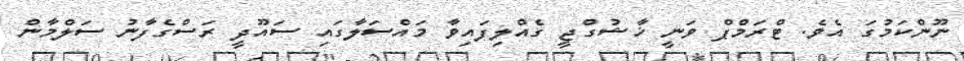
ނޫންކަމުގަ އެވެ. ޓްރަމްޕް ވަނީ ޚާޝުގްޖީ ގެއްލިފައިވާ މައްސަލާގައި ސައޫދީ ރަސްގެފާނު ސަލްމާން